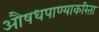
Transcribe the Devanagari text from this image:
औषधपाण्याकरिता